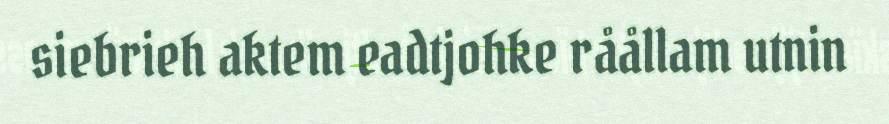
siebrieh aktem eadtjohke råållam utnin